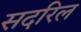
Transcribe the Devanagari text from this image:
सदरिल